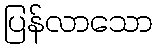
ပြန်လာသော